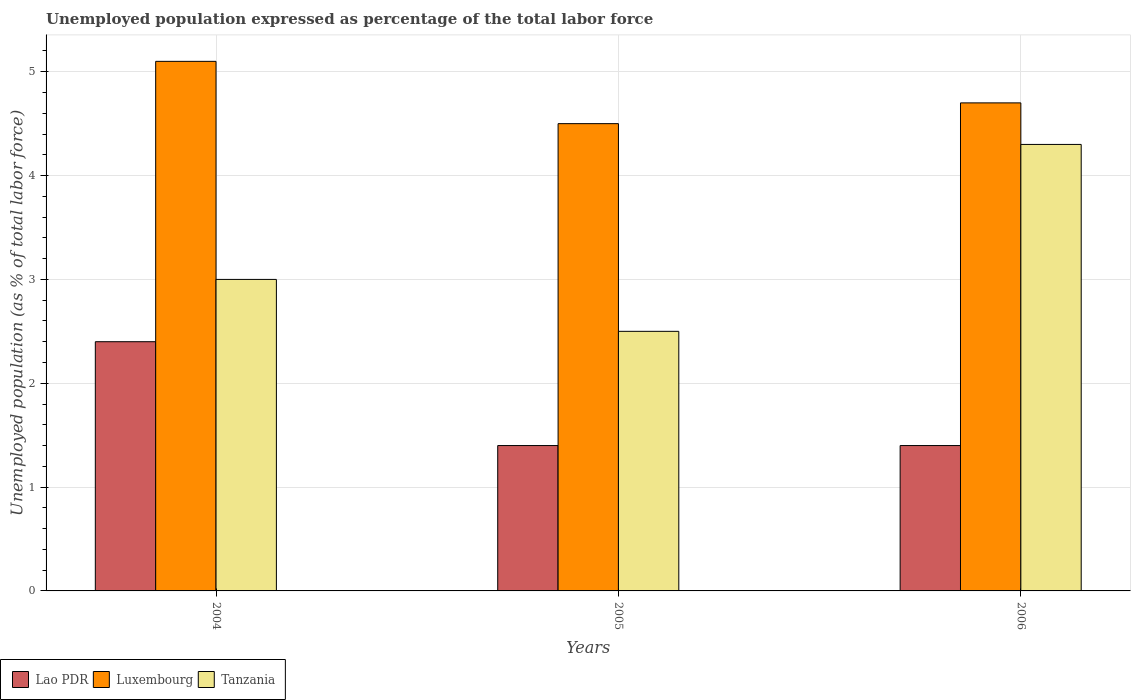
| Years | Lao PDR | Luxembourg | Tanzania |
 | --- | --- | --- | --- |
 | 2004 | 2.4 | 5.1 | 3 |
 | 2005 | 1.4 | 4.5 | 2.5 |
 | 2006 | 1.4 | 4.7 | 4.3 |